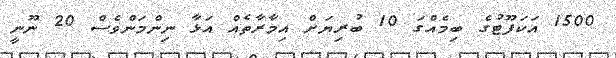
1500 އަކަފޫޓުގެ ބިމެއްގަ 10 ބުރިޔަށް އިމާރާތެއް އަޅާ ނިންމަންވެސް 20 ނޫނީ